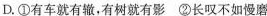
D.①有车就有辙，有树就有影 ②长叹不如慢磨